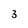
Character: 3